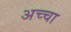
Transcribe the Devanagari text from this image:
अच्‍चा